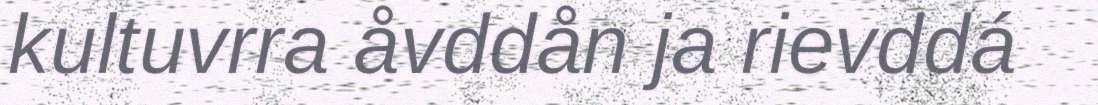
kultuvrra åvddån ja rievddá